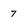
Character: 7